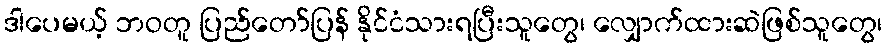
ဒါပေမယ့် ဘဝတူ ပြည်တော်ပြန် နိုင်ငံသားရပြီးသူတွေ၊ လျှောက်ထားဆဲဖြစ်သူတွေ၊